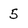
Character: 5